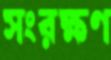
সংরক্ষণ